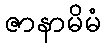
ဇာနာမိမံ